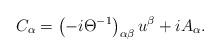
LaTeX: \begin{align*}C_{\alpha }=\left( -i\Theta ^{-1}\right) _{\alpha \beta }u^{\beta}+iA_{\alpha }. \end{align*}